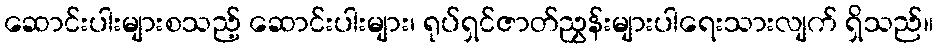
ဆောင်းပါးများစသည့် ဆောင်းပါးများ၊ ရုပ်ရှင်ဇာတ်ညွှန်းများပါရေးသားလျက် ရှိသည်။